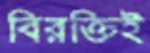
বিরক্তিই